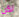
لكن